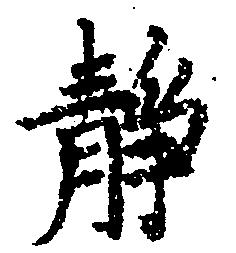
静